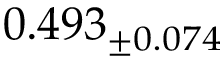
0 . 4 9 3 _ { \pm 0 . 0 7 4 }